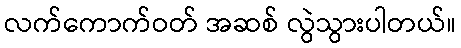
လက်ကောက်ဝတ် အဆစ် လွဲသွားပါတယ်။